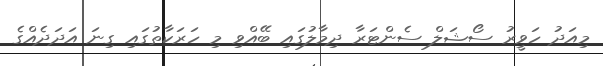
މިއަދު ހަވީރު ސޯޝަލް ސެންޓަރާ ދިމާލުގައި ބޭއްވި މި ހަރަކާތުގައި ގިނަ އަދަދެއްގެ